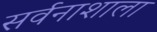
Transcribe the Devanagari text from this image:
सर्वनाशाला